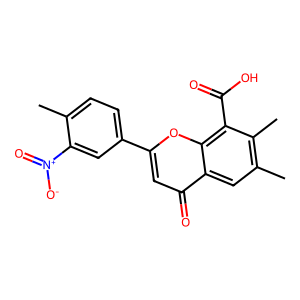
SMILES: Cc1ccc(-c2cc(=O)c3cc(C)c(C)c(C(=O)O)c3o2)cc1[N+](=O)[O-]
Inhibits HIV replication: No